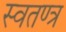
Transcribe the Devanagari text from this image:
स्वतण्त्र